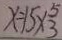
x = 1 5 \times _ { 3 } ^ { 5 }